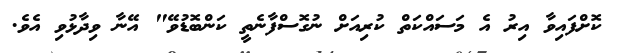
ކޮށްފައިވާ އިރު އެ މަސައްކަތް ކުރިއަށް ނުގޮސްފާނެތީ ކަންބޮޑުވޭ" އޭނާ ވިދާޅުވި އެވެ.